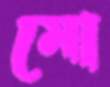
মো